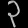
Digit: ၃